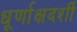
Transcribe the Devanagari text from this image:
धूर्णाक्षदर्शी